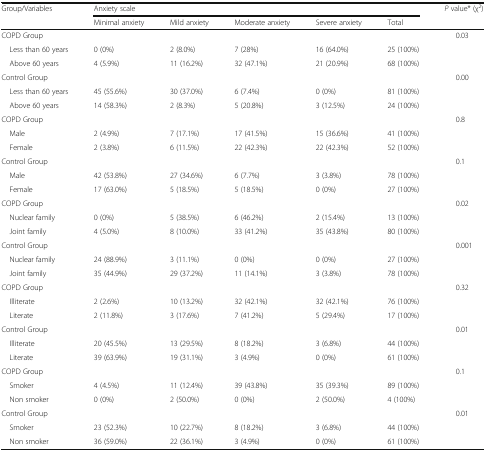
<table><thead><tr><td rowspan="2"><b>Group/Variables</b></td><td colspan="5"><b>Anxiety scale</b></td><td rowspan="2"><b><i>P</i> value* (χ<sup>2</sup>)</b></td></tr><tr><td><b>Minimal anxiety</b></td><td><b>Mild anxiety</b></td><td><b>Moderate anxiety</b></td><td><b>Severe anxiety</b></td><td><b>Total</b></td></tr></thead><tbody><tr><td>COPD Group</td><td></td><td></td><td></td><td></td><td></td><td rowspan="3">0.03</td></tr><tr><td> Less than 60 years</td><td>0 (0%)</td><td>2 (8.0%)</td><td>7 (28%)</td><td>16 (64.0%)</td><td>25 (100%)</td></tr><tr><td> Above 60 years</td><td>4 (5.9%)</td><td>11 (16.2%)</td><td>32 (47.1%)</td><td>21 (20.9%)</td><td>68 (100%)</td></tr><tr><td>Control Group</td><td></td><td></td><td></td><td></td><td></td><td rowspan="3">0.00</td></tr><tr><td> Less than 60 years</td><td>45 (55.6%)</td><td>30 (37.0%)</td><td>6 (7.4%)</td><td>0 (0%)</td><td>81 (100%)</td></tr><tr><td> Above 60 years</td><td>14 (58.3%)</td><td>2 (8.3%)</td><td>5 (20.8%)</td><td>3 (12.5%)</td><td>24 (100%)</td></tr><tr><td>COPD Group</td><td></td><td></td><td></td><td></td><td></td><td rowspan="3">0.8</td></tr><tr><td> Male</td><td>2 (4.9%)</td><td>7 (17.1%)</td><td>17 (41.5%)</td><td>15 (36.6%)</td><td>41 (100%)</td></tr><tr><td> Female</td><td>2 (3.8%)</td><td>6 (11.5%)</td><td>22 (42.3%)</td><td>22 (42.3%)</td><td>52 (100%)</td></tr><tr><td>Control Group</td><td></td><td></td><td></td><td></td><td></td><td rowspan="3">0.1</td></tr><tr><td> Male</td><td>42 (53.8%)</td><td>27 (34.6%)</td><td>6 (7.7%)</td><td>3 (3.8%)</td><td>78 (100%)</td></tr><tr><td> Female</td><td>17 (63.0%)</td><td>5 (18.5%)</td><td>5 (18.5%)</td><td>0 (0%)</td><td>27 (100%)</td></tr><tr><td>COPD Group</td><td></td><td></td><td></td><td></td><td></td><td rowspan="3">0.02</td></tr><tr><td> Nuclear family</td><td>0 (0%)</td><td>5 (38.5%)</td><td>6 (46.2%)</td><td>2 (15.4%)</td><td>13 (100%)</td></tr><tr><td> Joint family</td><td>4 (5.0%)</td><td>8 (10.0%)</td><td>33 (41.2%)</td><td>35 (43.8%)</td><td>80 (100%)</td></tr><tr><td>Control Group</td><td></td><td></td><td></td><td></td><td></td><td rowspan="3">0.001</td></tr><tr><td> Nuclear family</td><td>24 (88.9%)</td><td>3 (11.1%)</td><td>0 (0%)</td><td>0 (0%)</td><td>27 (100%)</td></tr><tr><td> Joint family</td><td>35 (44.9%)</td><td>29 (37.2%)</td><td>11 (14.1%)</td><td>3 (3.8%)</td><td>78 (100%)</td></tr><tr><td>COPD Group</td><td></td><td></td><td></td><td></td><td></td><td rowspan="3">0.32</td></tr><tr><td> Illiterate</td><td>2 (2.6%)</td><td>10 (13.2%)</td><td>32 (42.1%)</td><td>32 (42.1%)</td><td>76 (100%)</td></tr><tr><td> Literate</td><td>2 (11.8%)</td><td>3 (17.6%)</td><td>7 (41.2%)</td><td>5 (29.4%)</td><td>17 (100%)</td></tr><tr><td>Control Group</td><td></td><td></td><td></td><td></td><td></td><td rowspan="3">0.01</td></tr><tr><td> Illiterate</td><td>20 (45.5%)</td><td>13 (29.5%)</td><td>8 (18.2%)</td><td>3 (6.8%)</td><td>44 (100%)</td></tr><tr><td> Literate</td><td>39 (63.9%)</td><td>19 (31.1%)</td><td>3 (4.9%)</td><td>0 (0%)</td><td>61 (100%)</td></tr><tr><td>COPD Group</td><td></td><td></td><td></td><td></td><td></td><td rowspan="3">0.1</td></tr><tr><td> Smoker</td><td>4 (4.5%)</td><td>11 (12.4%)</td><td>39 (43.8%)</td><td>35 (39.3%)</td><td>89 (100%)</td></tr><tr><td> Non smoker</td><td>0 (0%)</td><td>2 (50.0%)</td><td>0 (0%)</td><td>2 (50.0%)</td><td>4 (100%)</td></tr><tr><td>Control Group</td><td></td><td></td><td></td><td></td><td></td><td rowspan="3">0.01</td></tr><tr><td> Smoker</td><td>23 (52.3%)</td><td>10 (22.7%)</td><td>8 (18.2%)</td><td>3 (6.8%)</td><td>44 (100%)</td></tr><tr><td> Non smoker</td><td>36 (59.0%)</td><td>22 (36.1%)</td><td>3 (4.9%)</td><td>0 (0%)</td><td>61 (100%)</td></tr></tbody></table>